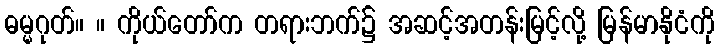
ဓမ္မဂုတ်။ ။ ကိုယ်တော်က တရားဘက်၌ အဆင့်အတန်းမြင့်လို့ မြန်မာနိုငံကို